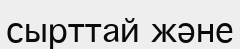
сырттай және